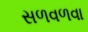
સળવળવા